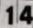
14